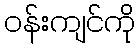
ဝန်းကျင်ကို